Leaving Certificate Examination, 1909
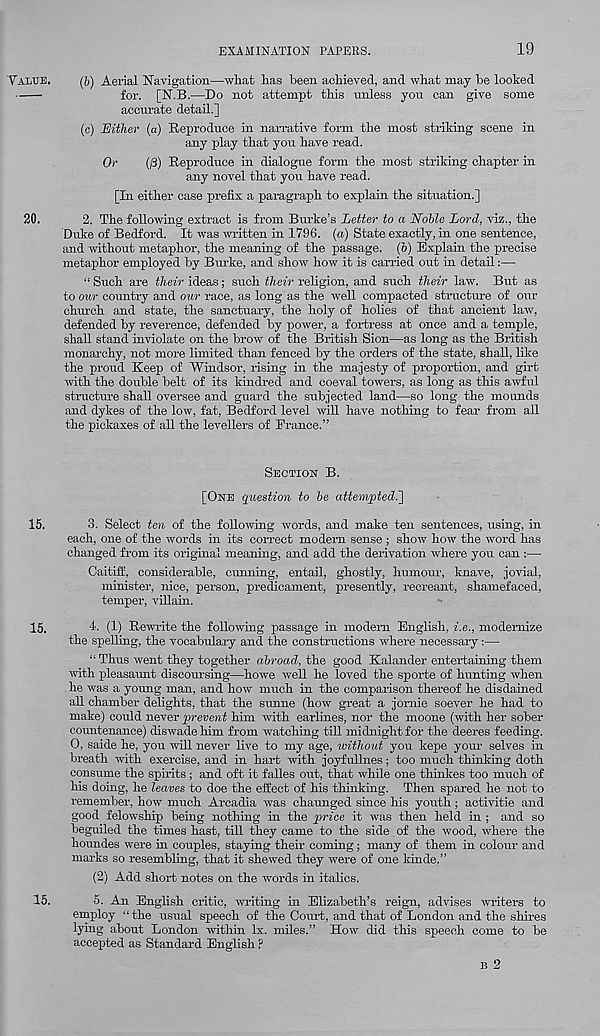
EXAMINATION PAPERS.
19
(&) Aerial Navigation—what has heen achieved, and what may be looked
for. [N.B.—Do not attempt this unless you can give some
accurate detail.]
(c) Hither (a) Reproduce in narrative form the most striking scene in
any play that you have read.
Or
(13) Reproduce in dialogue form the most striking chapter in
any novel that you have read.
[In either case prefix a paragraph to explain the situation.]
2.
The following extract is from Burke’s Letter to a N
Duke of Bedford. It was written in 1796. (a) State exactly, in one sentence,
and without metaphor, the meaning of the passage, (o) Explain the precise
metaphor employed by Burke, and show how it is carried out in detail:—
“Such are their ideas; sueh their religion, and such their law. But as
to our country and our race, as long as the well compacted structure of our
church and state, the sanctuary, the holy of holies of that ancient law,
defended by reverence, defended by power, a fortress at once and a temple,
shall stand inviolate on the brow of the British Sion—as long as the British
monarchy, not more limited than fenced by the orders of the state, shall, like
the proud Keep of Windsor, rising in the majesty of proportion, and girt
with the double belt of its kindred and coeval towers, as long as this awful
structure shall oversee and guard the subjected land—so long the mounds
and dykes of the low, fat, Bedford level will have nothing to fear from all
the pickaxes of all the levellers of Prance.”
SECTION B.
[ONE question to be attempted.*]
3. Select ten of the following words, and make ten sentences, using, in
each, one of the words in its correct modem sense ; show how the word has
changed from its original meaning, and add the derivation where you can :—
Caitiff, considerable, cunning, entail, ghostly, humour, knave, jovial,
minister, nice, person, predicament, presently, recreant, shamefaced,
temper, villain.
4. (1) Rewrite the following passage in modem English, i.e., modernize
the spelling, the vocabulary and the constructions where necessary:—
“ Thus went they together abroad, the good Kalander entertaining them
with pleasaunt discoursing—howe well he loved the sporte of hunting when
he was a young man, and how much in the comparison thereof he disdained
all chamber delights, that the sunne (how great a jornie soever he had to
make) could never prevent him with earlines, nor the moone (with her sober
countenance) diswade him from watching till midnight for the deeres feeding.
0, saide he, you will never live to my age, without you kepe your selves in
breath with exercise, and in hart with joyfullnes; too much thinking doth
consume the spirits ; and oft it falles out, that while one thinkes too much of
his doing, he leaves to doe the effect of his thinking. Then spared he not to
remember, how much Arcadia was chaunged since his youth; activitie and
good felowship being nothing in the price it was then held in ; and so
beguiled the times hast, till they came to the side of the wood, where the
houndes were in couples, staying their coming; many of them in colour and
marks so resembling, that it shewed they were of one kinde.”
(2) Add short notes on the words in italics.
5. An English critic, writing in Elizabeth’s reign, advises writers to
employ “the usual speech of the Court, and that of London and the shires
lying about London within lx. miles.” How did this speech come to be
accepted as Standard English ?